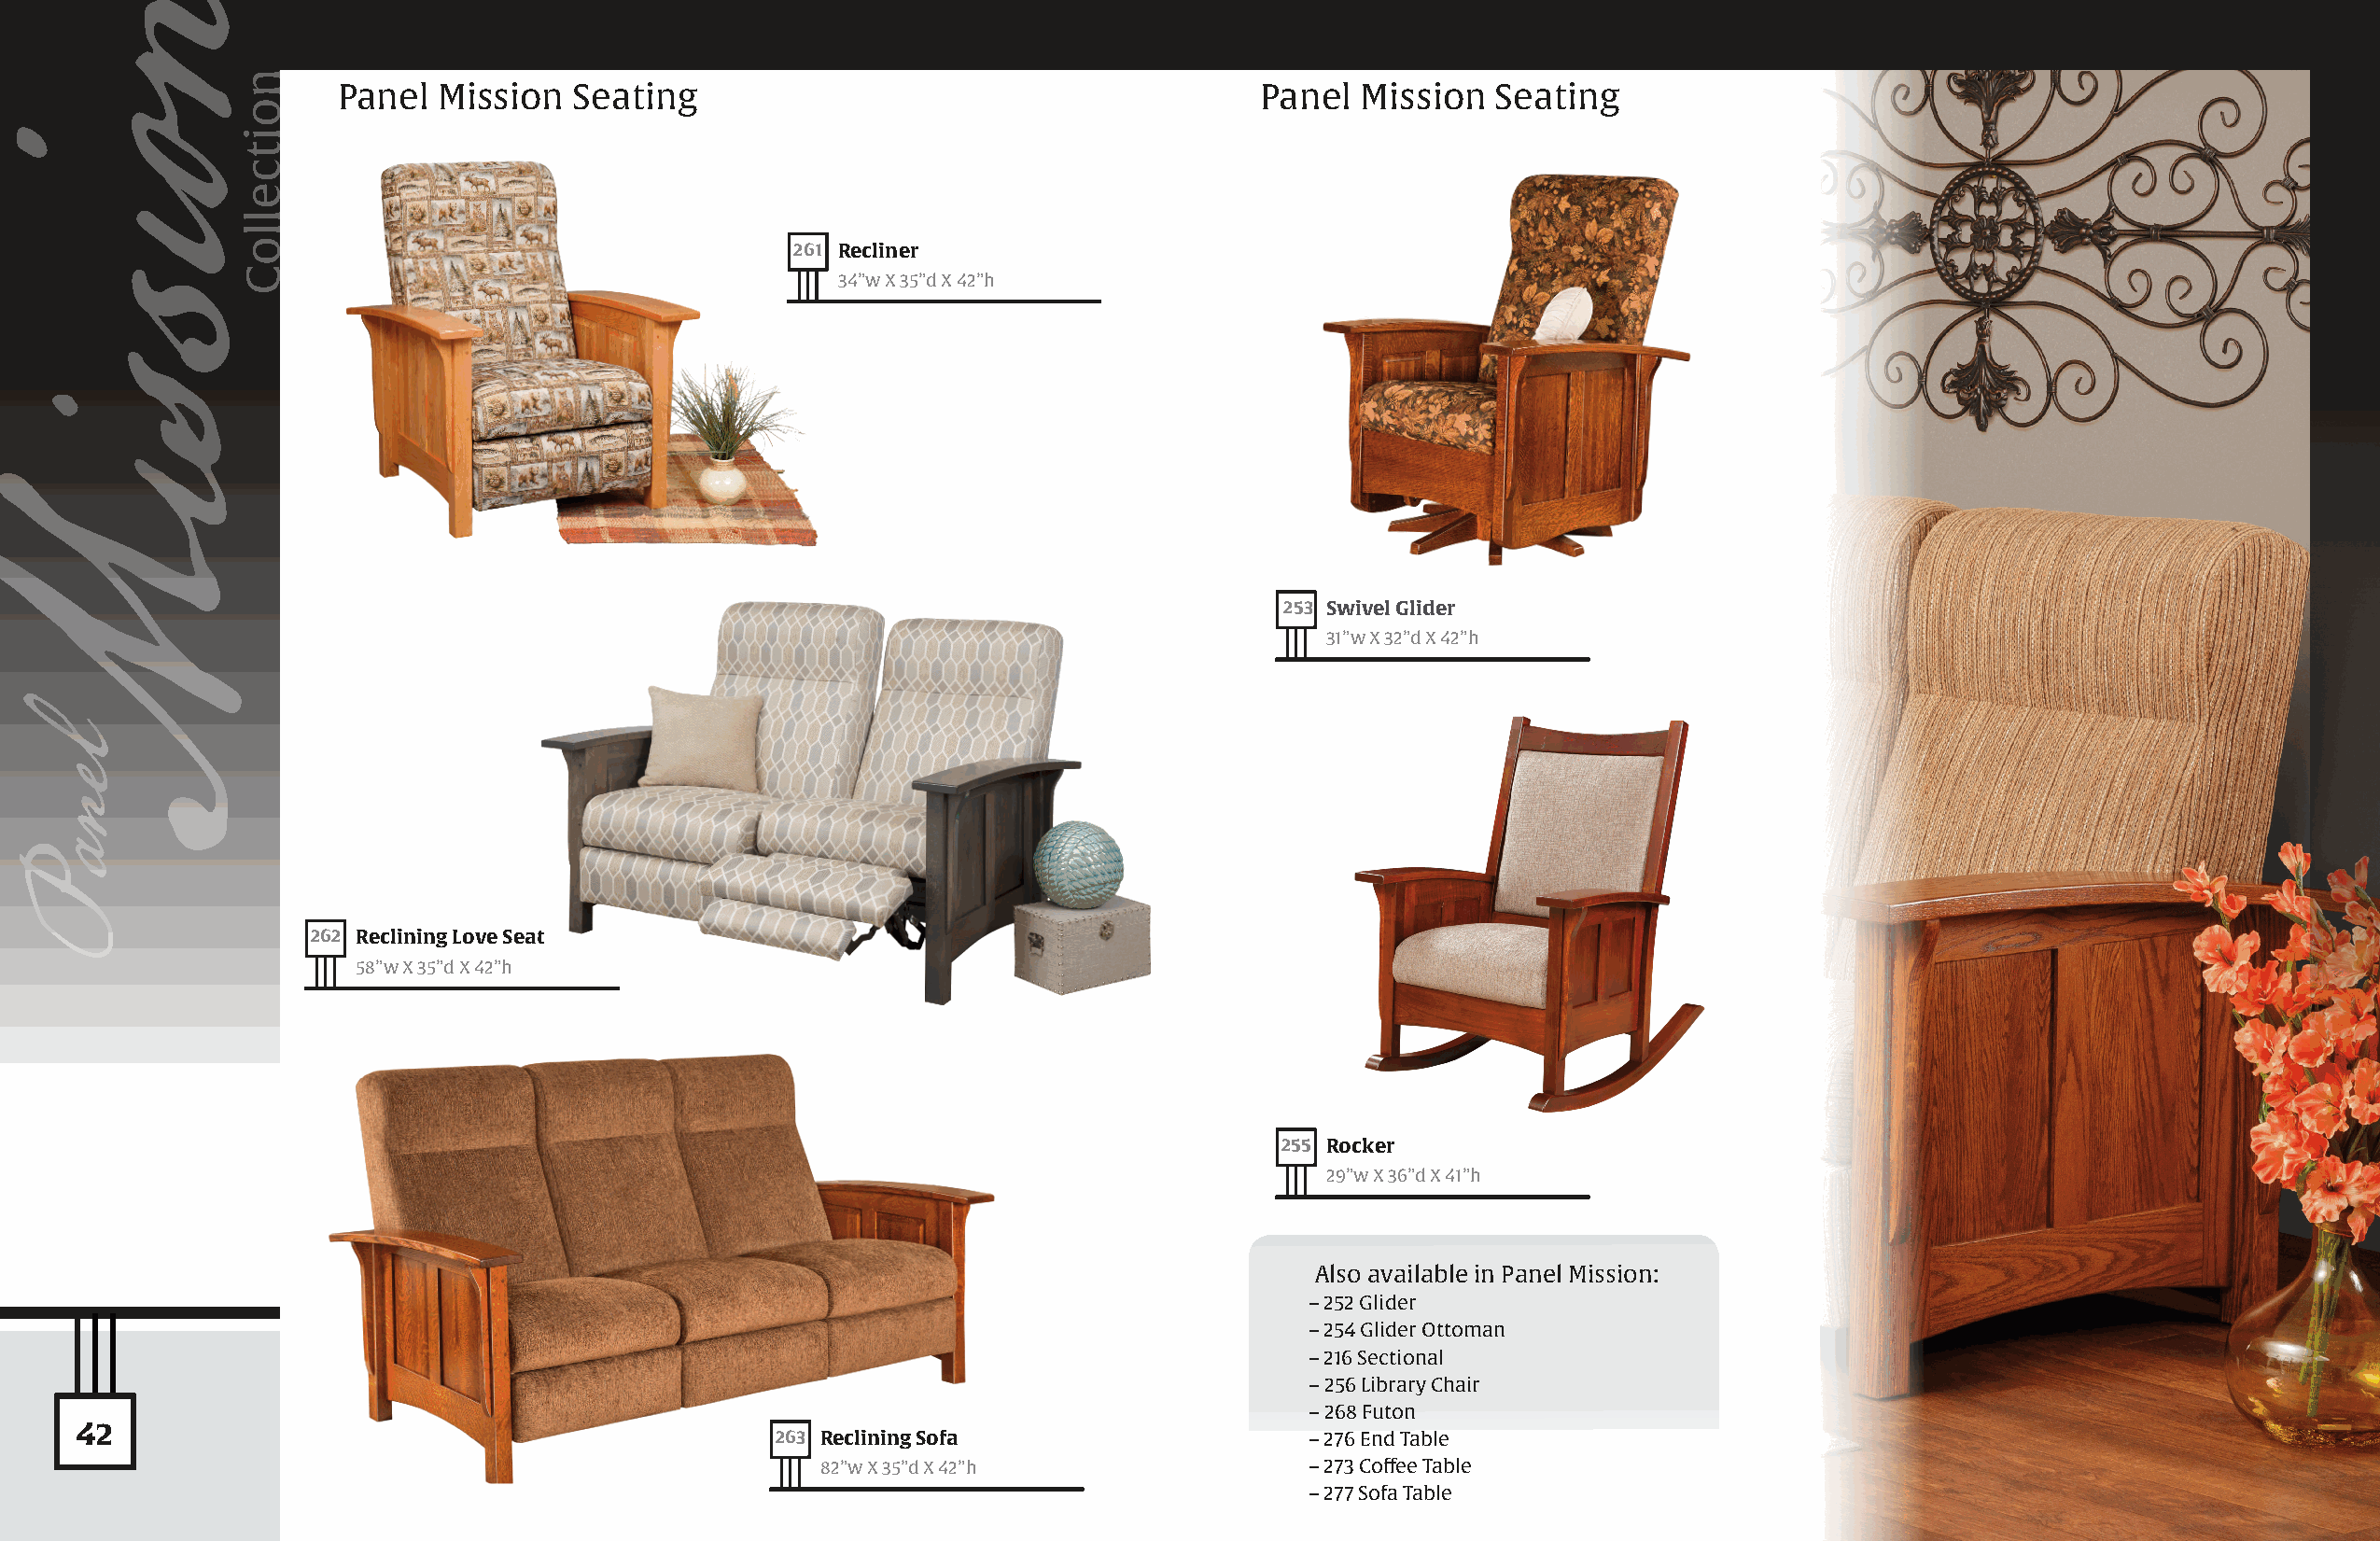
Panel  Mission   Seating                                         Panel   Mission  Seating
 261 Recliner
 34”w X 35”d X 42”h
 253 Swivel Glider
 31”w X 32”d X 42”h
 262 Reclining Love Seat
 58”w X 35”d X 42”h
 255 Rocker
 29”w X 36”d X 41”h
 Also available in Panel Mission:
 – 252 Glider
 – 254 Glider Ottoman
 – 216 Sectional
 – 256 Library Chair
 – 268 Futon
 42
 263 Reclining Sofa                    – 276 End Table
 82”w X 35”d X 42”h                 – 273 Coffee Table
 – 277 Sofa Table
 onisisM
 leanP
 noitcelloC